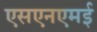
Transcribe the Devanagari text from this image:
एसएनएमई